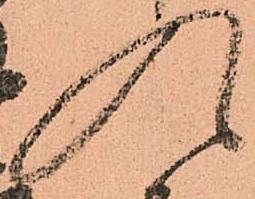
入